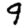
Digit: 9